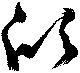
欣